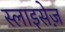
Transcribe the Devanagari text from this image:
स्लाइसेज़